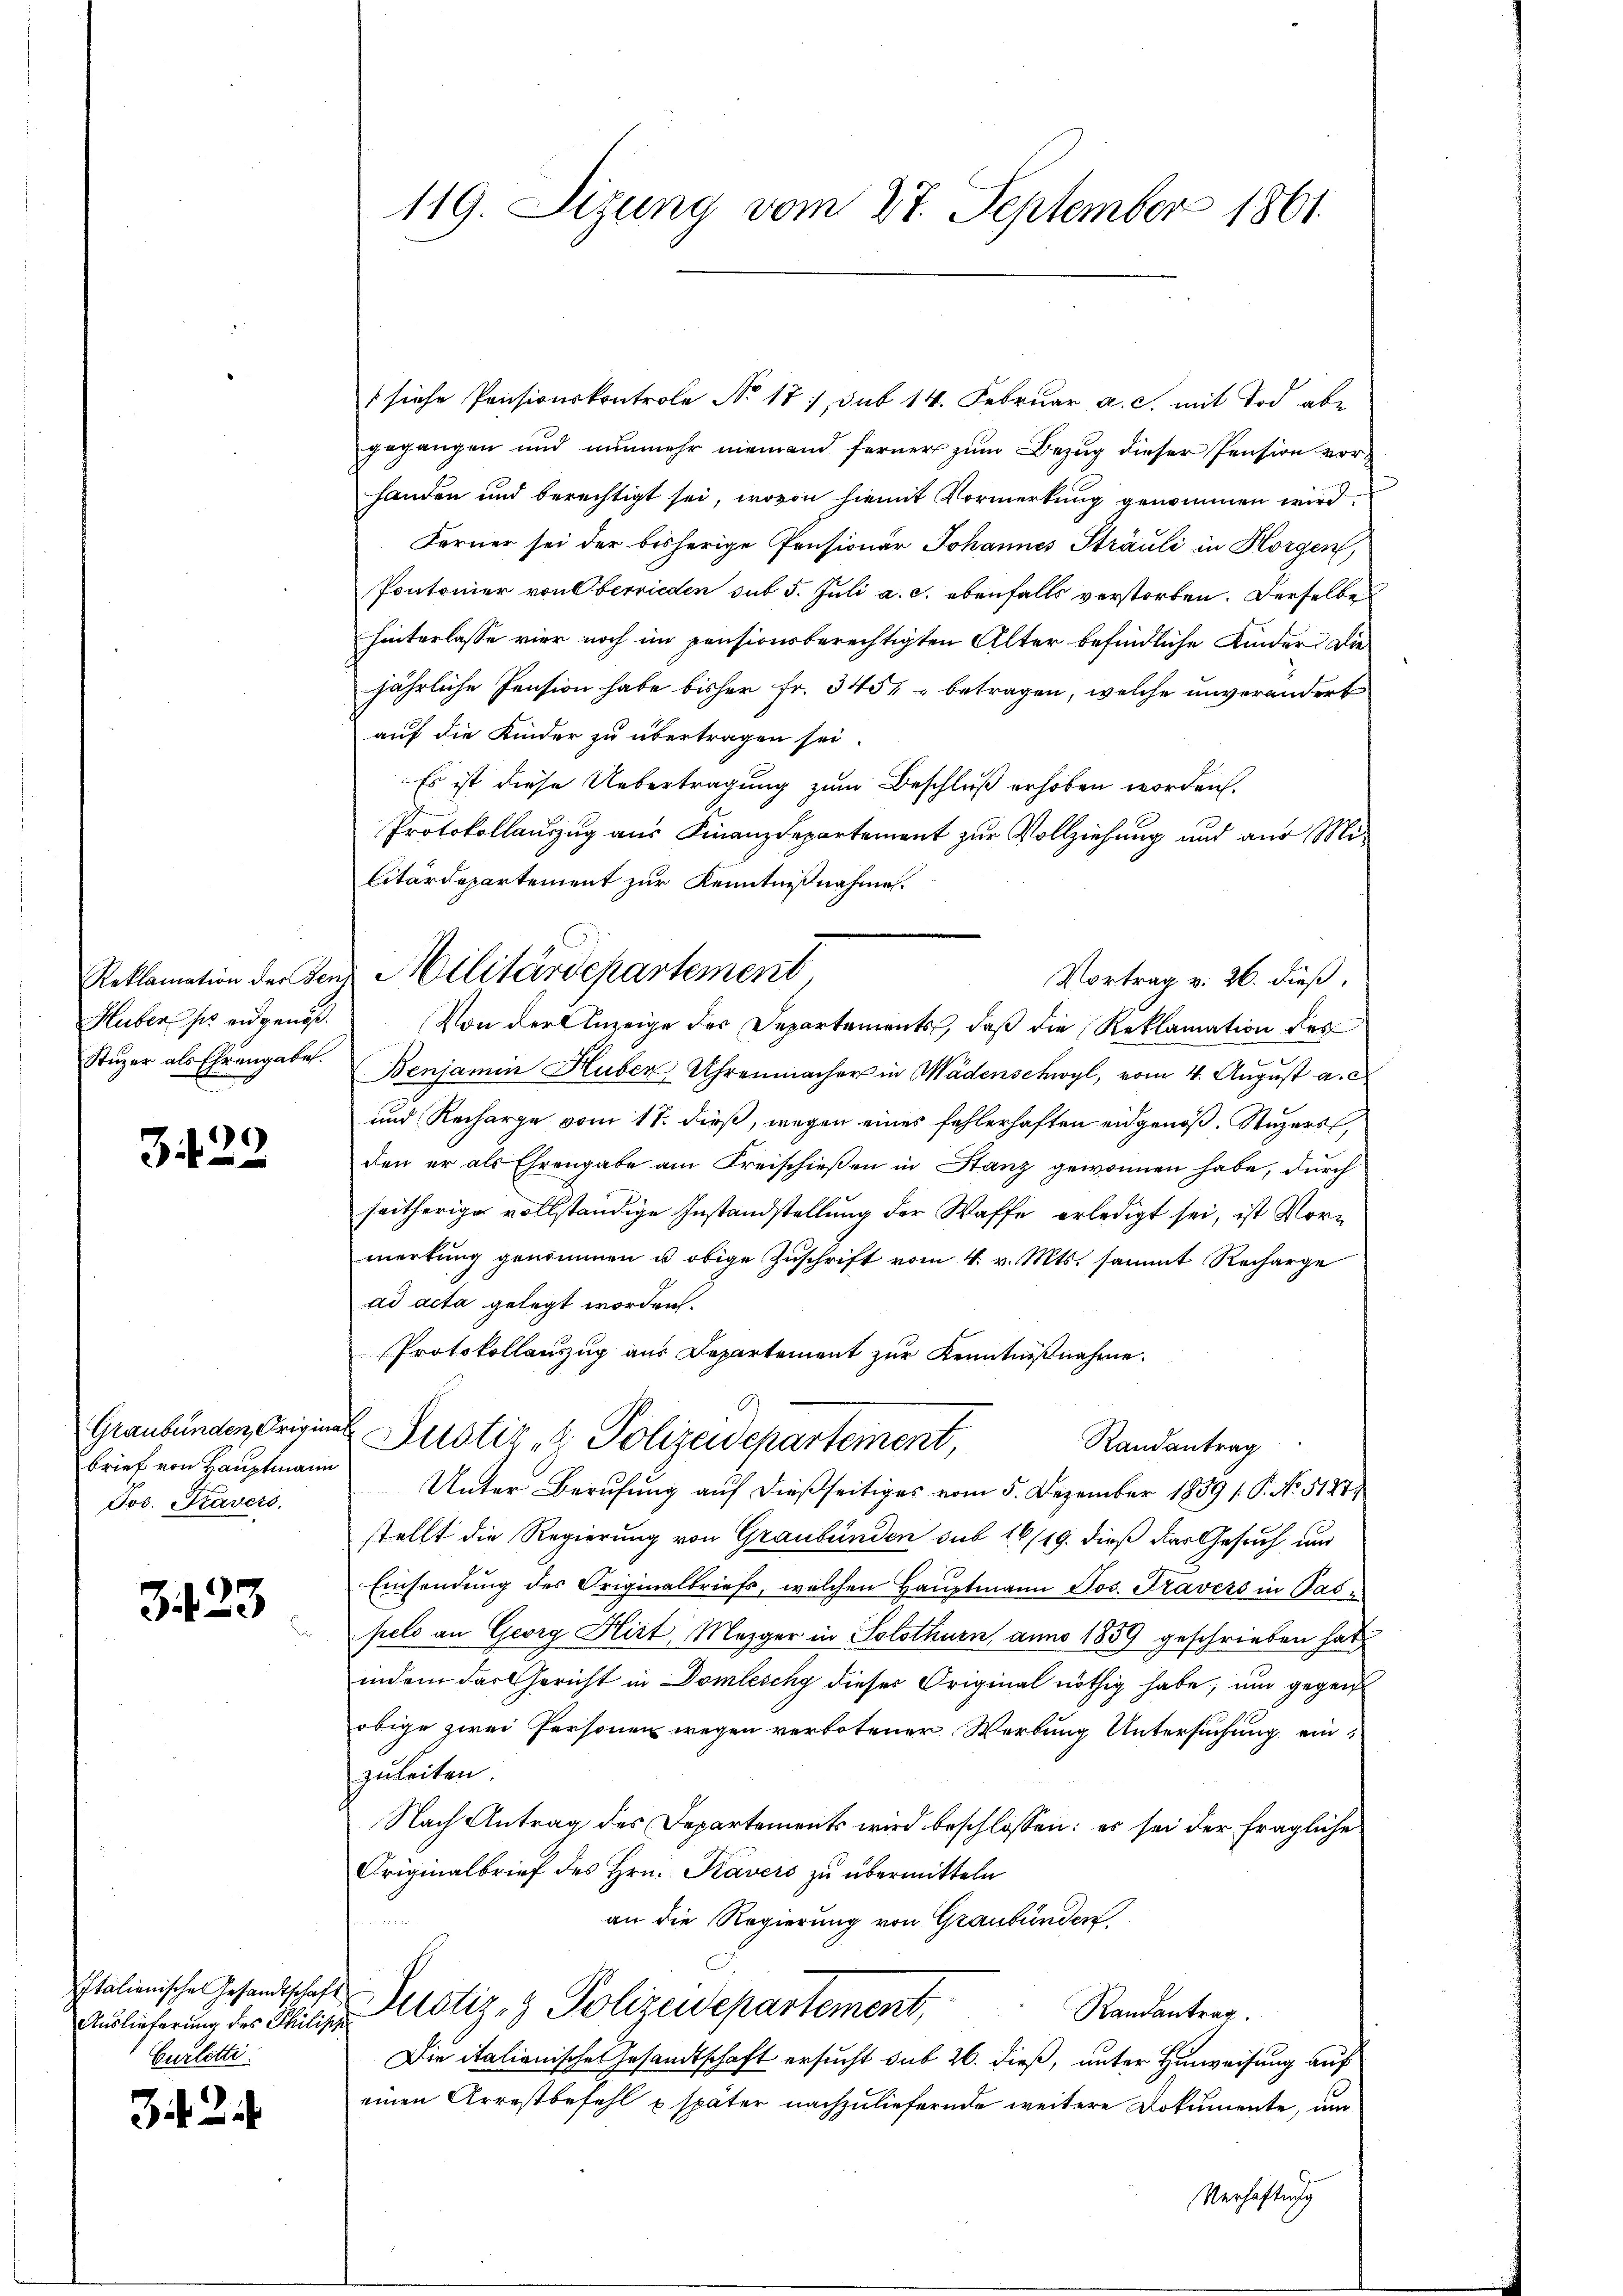
Huber ses eidgenöß
Stuzer als Ehrengaben.

3422

Graubünden, Origin
brief von Hauptmann
Jos. Gravers,

3423

Italienische Gesandtschaf
Curlette.

342

119. Sizung vom 27. September 1861.

Reklamation der den Militärdepartement
Vortrag v. 26. dieß,

siche Pensionskontrole No. 18), sub 14. Februar a. c. mit Tod abe
gegangen und nunmehr niemand ferner zŭm Bezug dieser Pension vorhanden und berechtigt sei, wovon hiemit Vormerkung genommen wird
Ferner sei der bisherige Pensionär Johannes Sträuli in Horgen
Pontonier von Oberrieden sub 5. Juli a. c. ebenfalls verstorben. Derselbe
hinterlasse vier noch im pensionsberechtigten Alter befindliche Kinder die
jährliche Pension habe bisher Fr. 3454 betragen, welche unverändert
auf die Kinder zu übertragen sei.
Es ist diese Uebertragung zum Beschluß erhoben worden.
Protokollauszug aus Finanzdepartement zur Vollziehung und aus Militärdepartement zur Kenntnißnahme.
Von der Anzeige des Departements, daß die Reklamation des
Benjamin Huber Uhrenmacher in Wädenschwyl, vom 4. August a. c
und Recharge vom 17. dieß, wegen eines fehlerhaften eidgenöß. Stuzers,
den er als Ehrengabe am Kreischießen in Stanz gewonnen habe, durch
seitherige vollständige Instandstellung der Waffe erledigt sei, ist Vormerkung genommen u obige Zuschrift vom 4. v. Mts. sammt Recharge
ad acta gelegt worden.
Protokollauszug aus Departement zur Kenntnißnahme.
e
Justiz- & Polizeidepartement
Randantrag
Unter Berufung auf dießseitiges vom 5. Dezember 1859 /: P. No 5127,
stellt die Regierung von Graubünden sub 16/19. dieß das Gesuch und
Einsendung des Originalbriefs, welchen Hauptmann Jos. Travers in Pašpels an Georg Hirt, Mezger in Solothurn, anno 1859 geschrieben hat
indem das Gericht in Domleschy dieser Original nöthig habe, um gegen
obige zwei Personen wegen verbotener Werbung Untersuchung ein
zuleiten
Nach Antrag des Departements wird beschlossen: es sei der fragliche
Originalbrief des Hrn. Kavers zu übermitteln
an die Regierung von Graubünden
.
Randantrag.
Aulieferung des Milize Notiz- & Polizeidepartement,
Die italionische Gesandtschaft ersucht sub 26. dieß, unter Hinweisung auf
einen Arrestbefehl u. später nachzuliefernde weitere Dokumente, um

Verhaftung